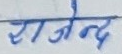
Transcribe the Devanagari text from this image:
राजेन्द्र